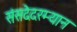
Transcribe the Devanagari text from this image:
संसदेदरम्यान